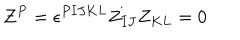
Z ^ { P } = \epsilon ^ { P I J K L } Z _ { I J } Z _ { K L } = 0